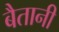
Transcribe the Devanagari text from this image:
बैतानी